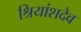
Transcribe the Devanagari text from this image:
श्रियांशदेव